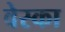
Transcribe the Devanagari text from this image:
वेस्का